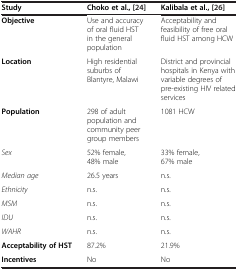
<table><thead><tr><td><b>Study</b></td><td><b>Choko et al.,[24]</b></td><td><b>Kalibala et al.,[26]</b></td></tr></thead><tbody><tr><td><b>Objective</b></td><td>Use and accuracy of oral fluid HST in the general population</td><td>Acceptability and feasibility of free oral fluid HST among HCW</td></tr><tr><td><b>Location</b></td><td>High residential suburbs of Blantyre, Malawi</td><td>District and provincial hospitals in Kenya with variable degrees of pre-existing HIV related services</td></tr><tr><td><b>Population</b></td><td>298 of adult population and community peer group members</td><td>1081 HCW</td></tr><tr><td><i>Sex</i></td><td>52% female, 48% male</td><td>33% female, 67% male</td></tr><tr><td><i>Median age</i></td><td>26.5 years</td><td>n.s.</td></tr><tr><td><i>Ethnicity</i></td><td>n.s.</td><td>n.s.</td></tr><tr><td><i>MSM</i></td><td>n.s.</td><td>n.s.</td></tr><tr><td><i>IDU</i></td><td>n.s.</td><td>n.s.</td></tr><tr><td><i>WAHR</i></td><td>n.s.</td><td>n.s.</td></tr><tr><td><b>Acceptability of HST</b></td><td>87.2%</td><td>21.9%</td></tr><tr><td><b>Incentives</b></td><td>No</td><td>No</td></tr></tbody></table>